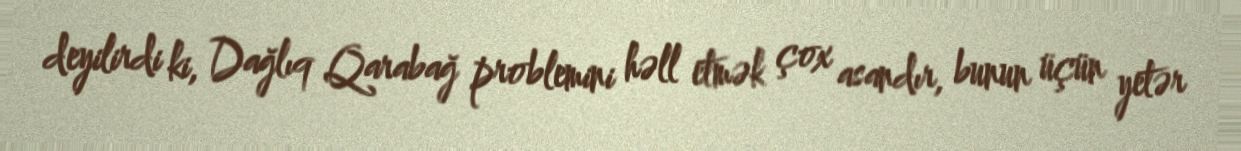
deyilirdi ki, Dağlıq Qarabağ problemini həll etmək çox asandır, bunun üçün yetər